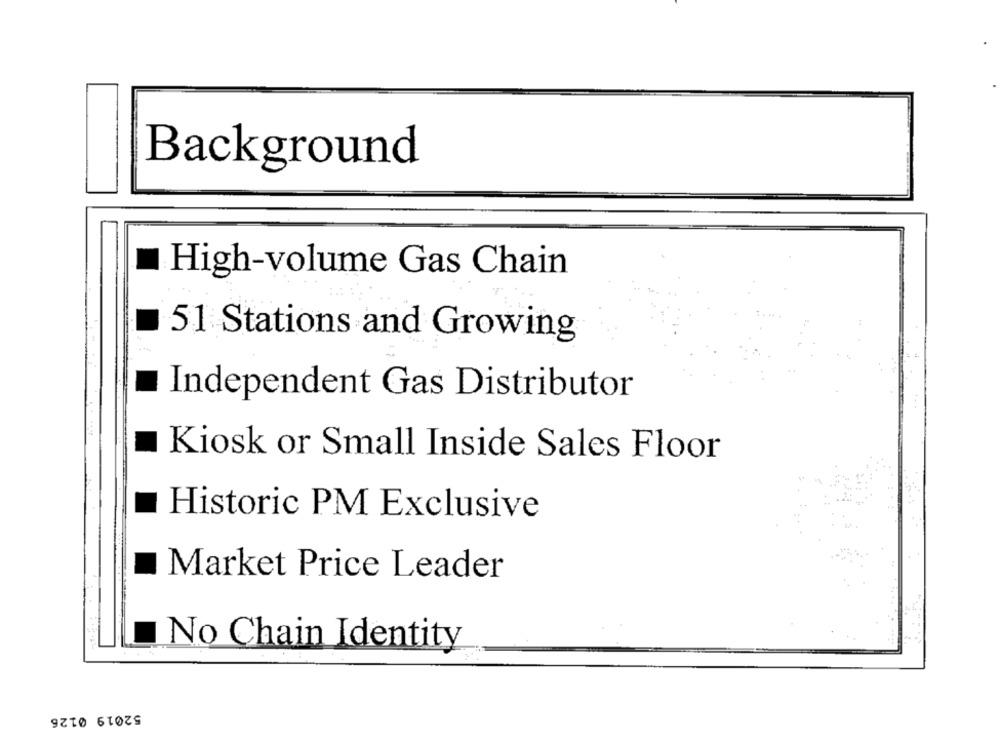
Background
High-volume Gas Chain
51 Stations and Growing
Independent Gas Distributor
Kiosk or Small Inside Sales Floor
Historic PM Exclusive
Market Price Leader
No Chain Identity
52019 0126